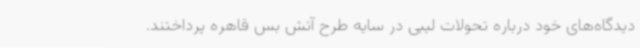
دیدگاه‌های خود درباره تحولات لیبی در سایه طرح آتش بس قاهره پرداختند.